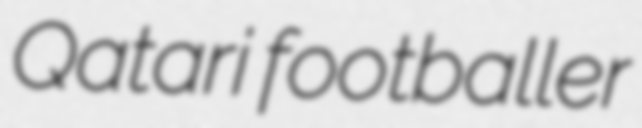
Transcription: Qatari footballer